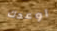
اوعدك